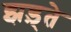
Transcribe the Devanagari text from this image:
झड़्ते